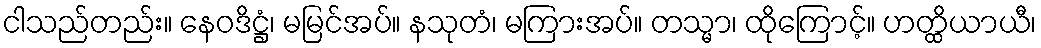
ငါသည်တည်း။ နေဝဒိဋ္ဌံ၊ မမြင်အပ်။ နသုတံ၊ မကြားအပ်။ တသ္မာ၊ ထိုကြောင့်။ ဟတ္ထိယာယီ၊